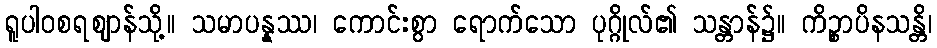
ရူပါဝစရဈာန်သို့။ သမာပန္နဿ၊ ကောင်းစွာ ရောက်သော ပုဂ္ဂိုလ်၏ သန္တာန်၌။ ကိဉ္စာပိနသန္တိ၊